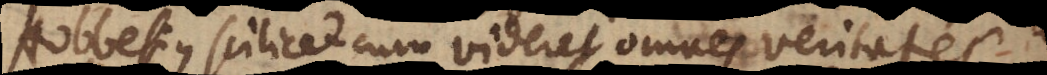
Hobbesius scilicet cum videret omnes veritates